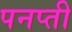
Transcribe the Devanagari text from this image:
पनप्ती